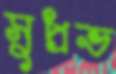
সুপ্রভ